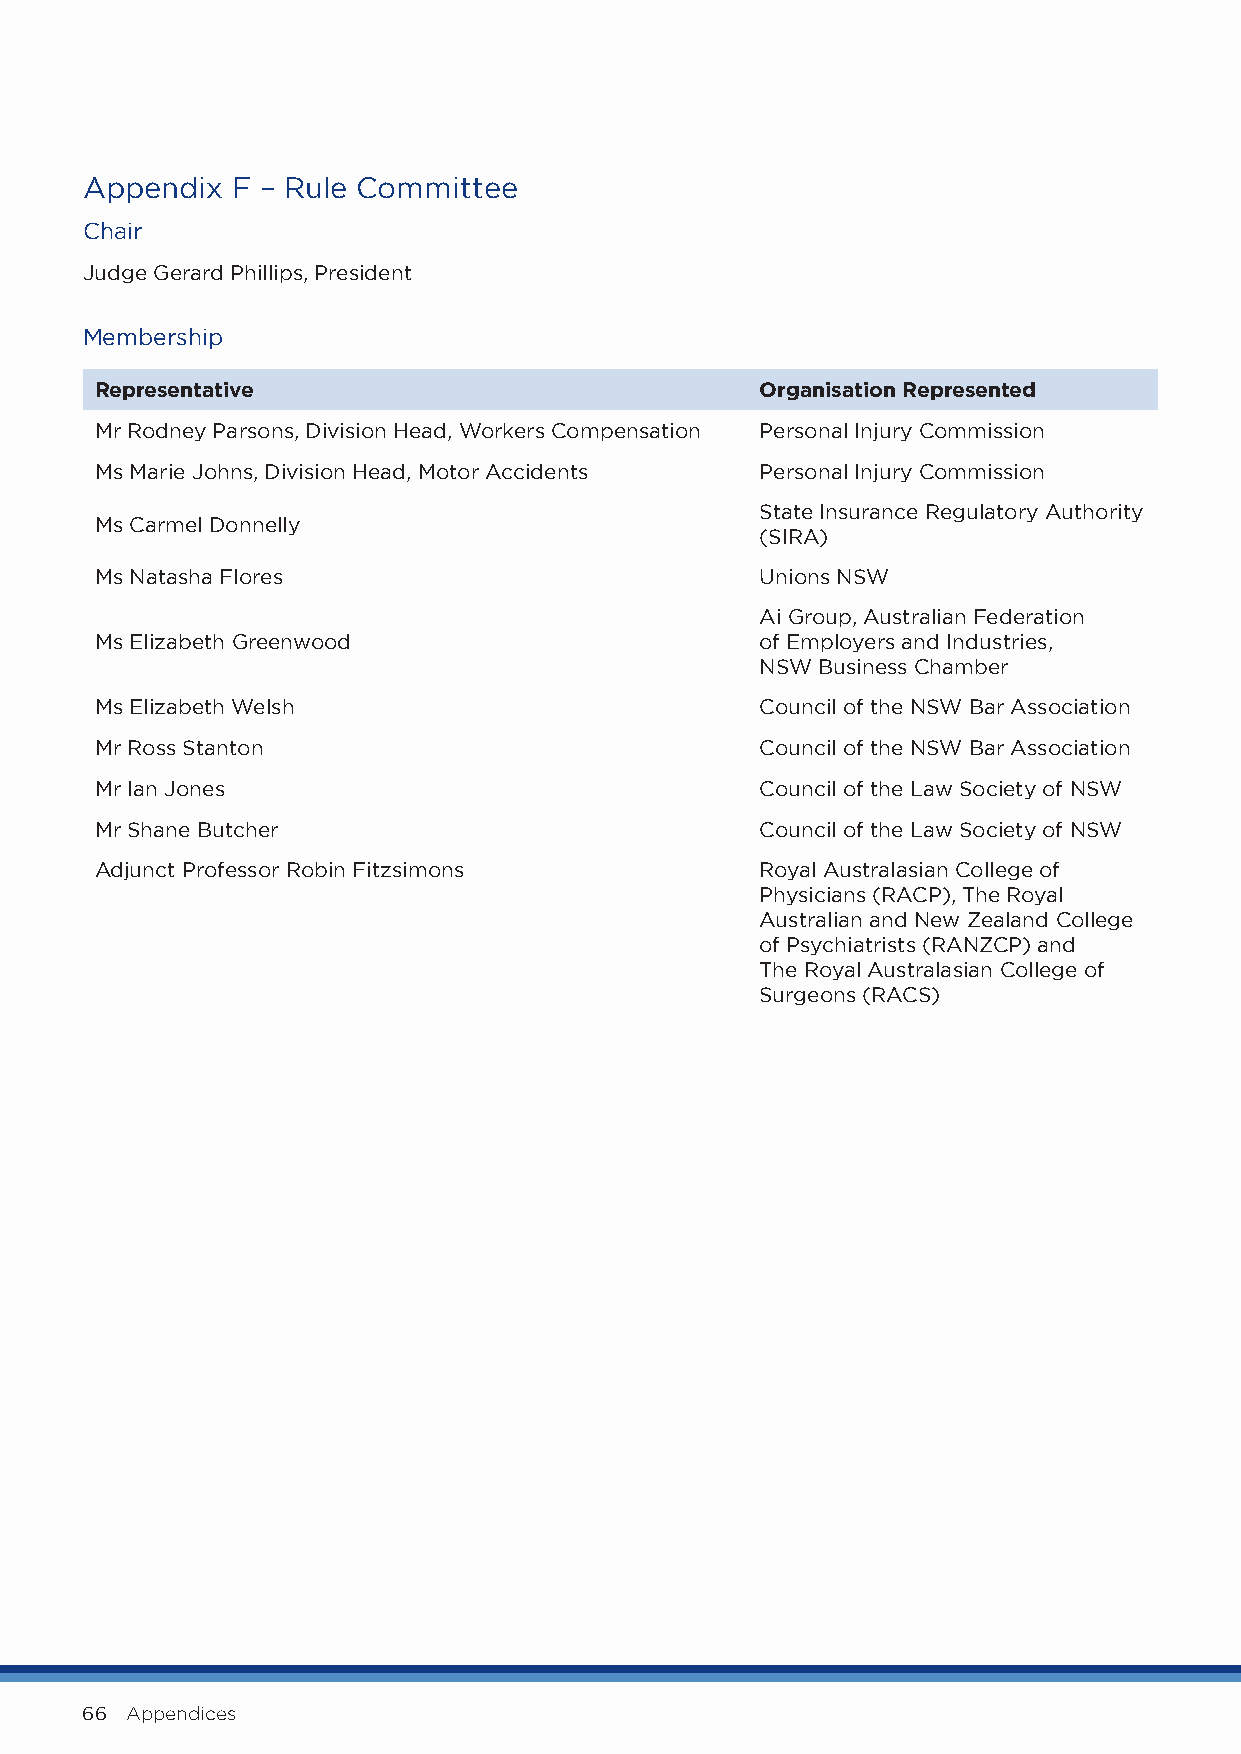
Appendix  F – Rule Committee
 Chair
 Judge Gerard Phillips, President
 Membership
 Representative                              Organisation Represented
 Mr Rodney Parsons, Division Head, Workers Compensation Personal Injury Commission
 Ms Marie Johns, Division Head, Motor Accidents Personal Injury Commission
 State Insurance Regulatory Authority
 Ms Carmel Donnelly
 (SIRA)
 Ms Natasha Flores                           Unions NSW
 Ai Group, Australian Federation
 Ms Elizabeth Greenwood                      of Employers and Industries,
 NSW Business Chamber
 Ms Elizabeth Welsh                          Council of the NSW Bar Association
 Mr Ross Stanton                             Council of the NSW Bar Association
 Mr Ian Jones                                Council of the Law Society of NSW
 Mr Shane Butcher                            Council of the Law Society of NSW
 Adjunct Professor Robin Fitzsimons          Royal Australasian College of
 Physicians (RACP), The Royal
 Australian and New Zealand College
 of Psychiatrists (RANZCP) and
 The Royal Australasian College of
 Surgeons (RACS)
 66 Appendices